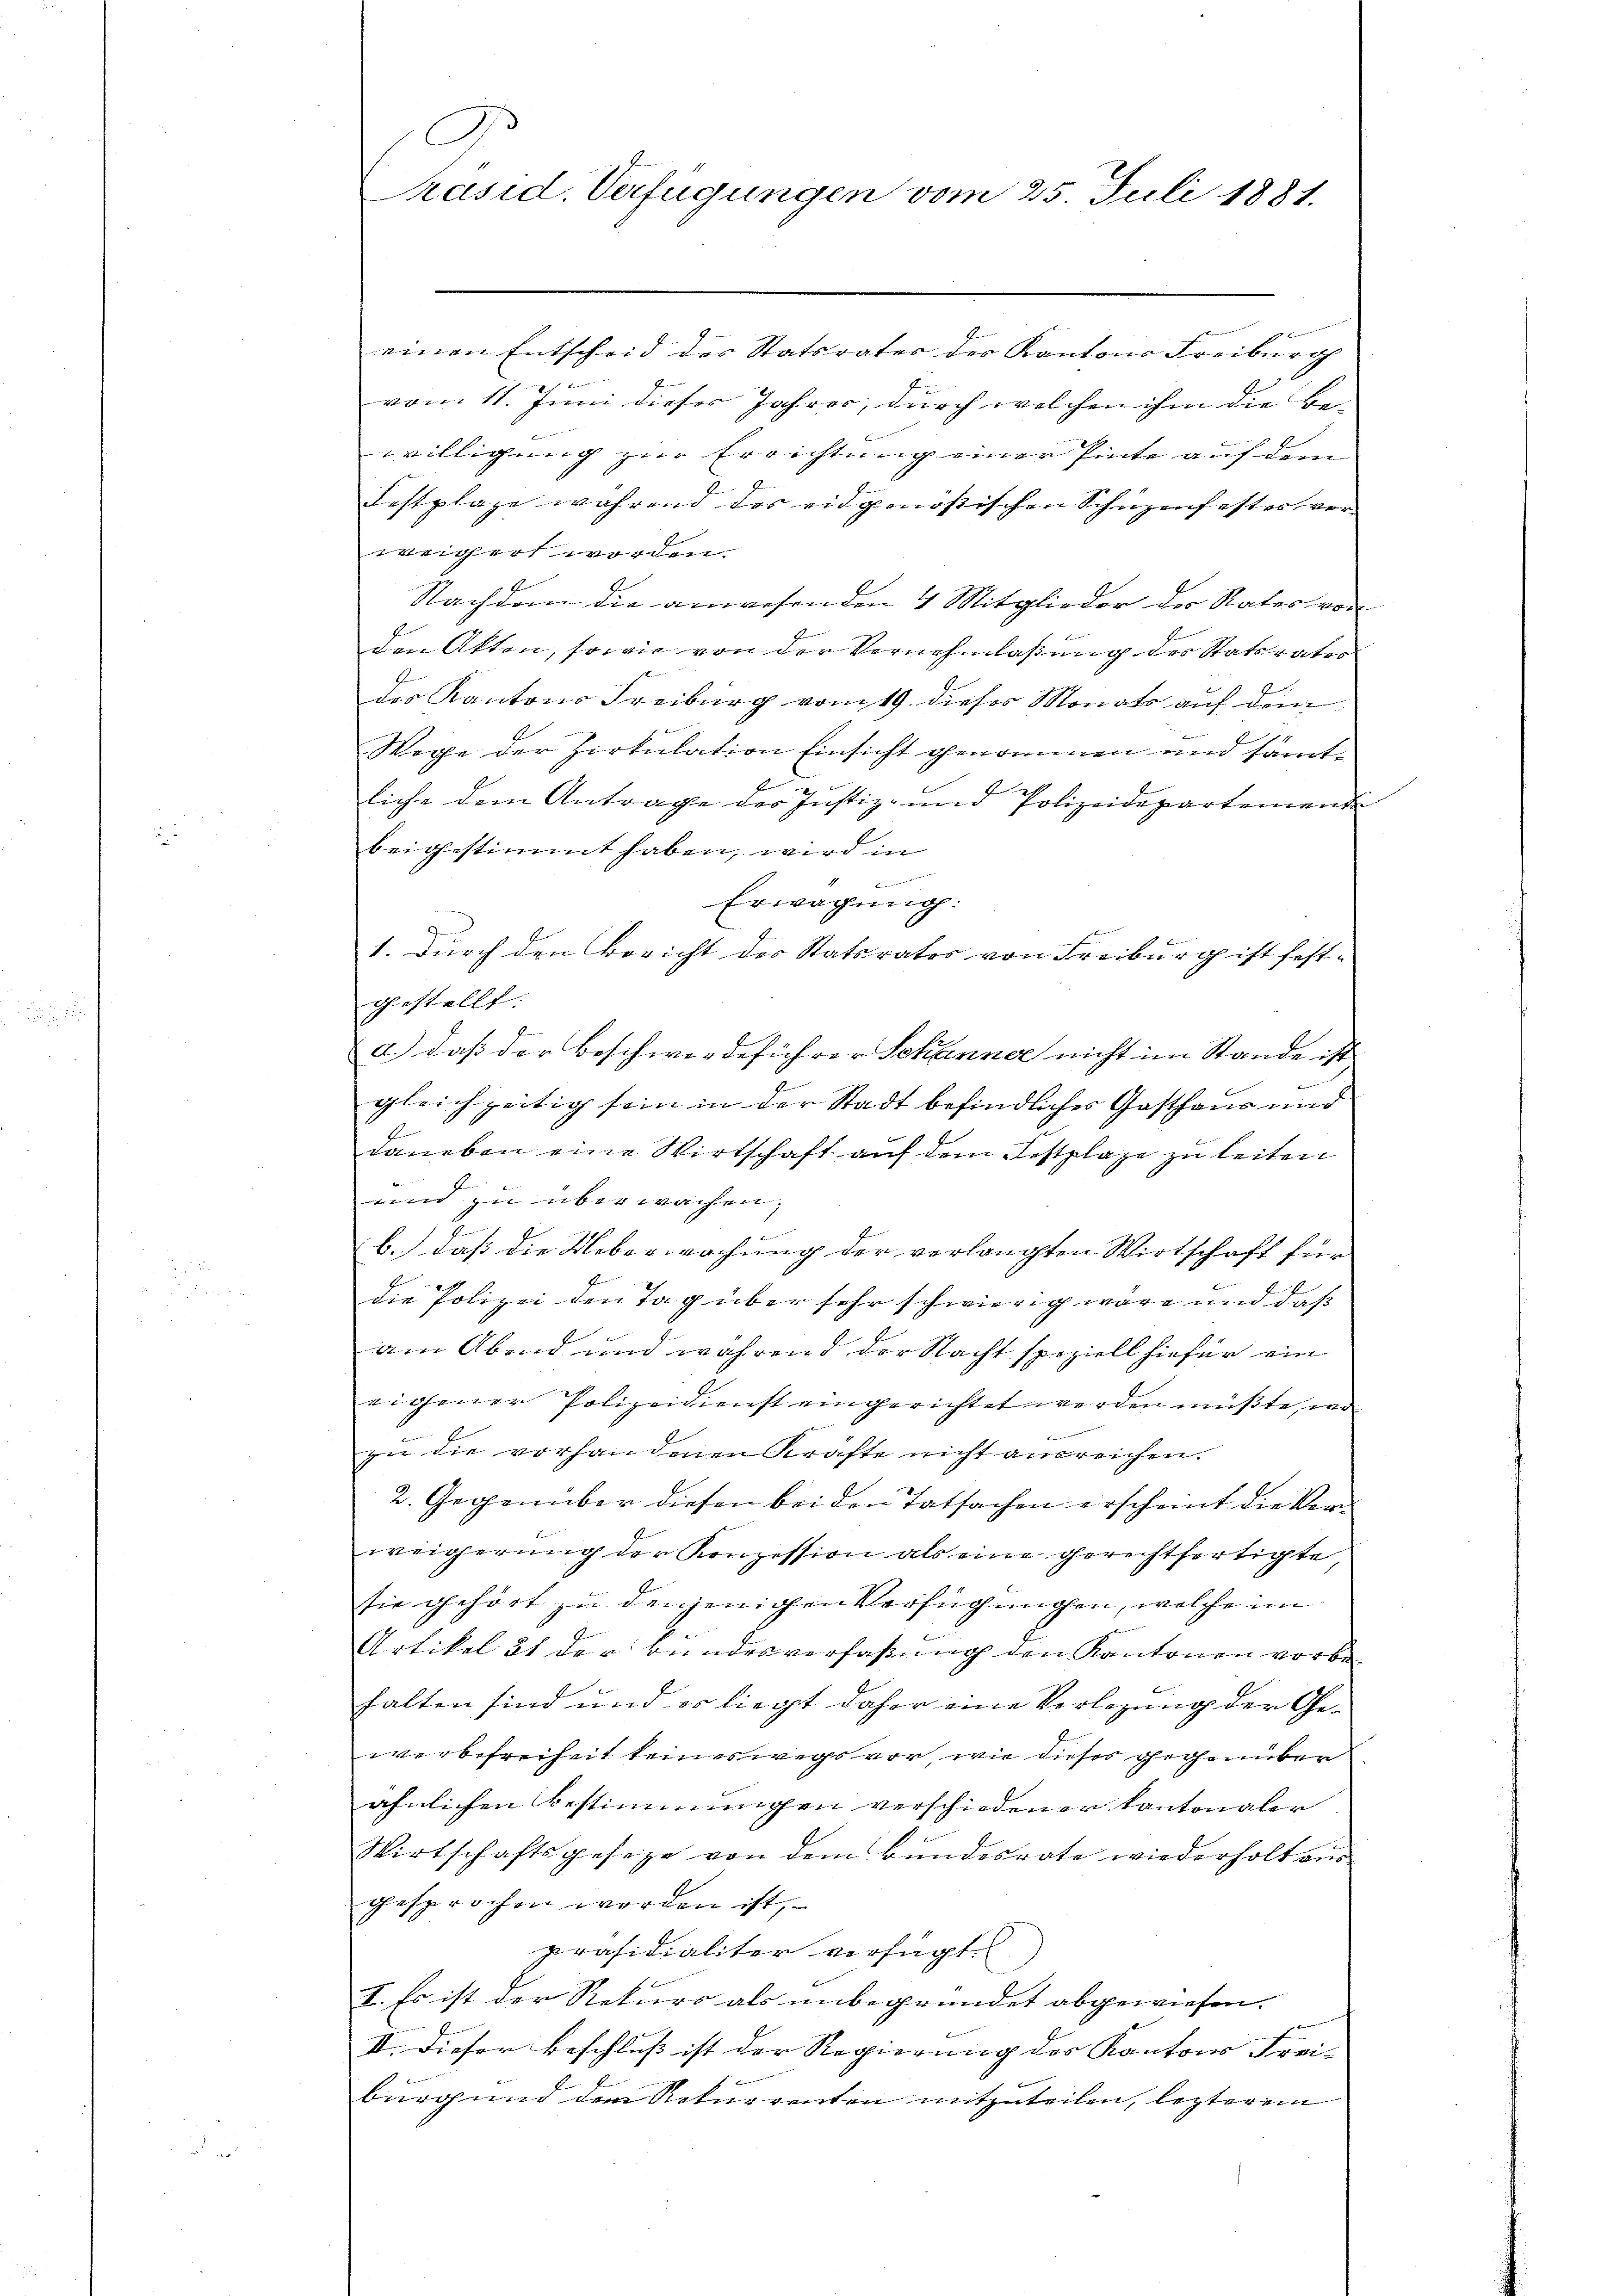
B
Präsid. Verfügungen vom 25. Juli 1881.

einen Entscheid der Statsvater der Kantons Freiburg
vom 11. Juni dieser Jahres, durch welchen ihm die Be-
willigung zur Errichtung einer Pinte auf dem
Festplaze während des eidgenößischen Schüzenfestes verweigert worden.
Nachdem die anwesenden 4 Mitglieder des Vater von
den Akten, sowie von der Vernehmlassung des Statsrater
des Kantons Freiburg vom 19. dieses Monats auf dem
.
1
Wege der Zirkulation Einsicht genommen und samtliche dem Antrage der Justiz- und Polizeidepartemente
beigestimmt haben, wird in
Cammenen
Erwägung:
1. Durch den Bericht des Statsrates von Freiburg ist fest-
Thestellt.
d.) daß der Beschwerdeführer Schanner nicht im Stande ist
gleichzeitig sein in der Stadt befindliches Gasthaus und
daneben eine Wirtschaft auf dem Festplaze zu leiten
und zu überwachen,
1
b.) daß die Ueberwachung der verlangten Wirtschaft für
die Polizei den Tag über sehr schwierig wäre und daß
am Abend und während der Nacht speziell hiefür ein
vi gener Polizeidienst eingerichtet werden müßte, wo
zu die vorhandenen Kräfte nicht ausreichen.
2. Gegenüber diesen bei den Tatsachen erscheint die Verweigerung der Konzession als eine gerechtfertigte
sie gehört zu denjenigen Verfügungen, welche im
Artikel et der Bundesverfaßung den Kantonen vorbehalten sind und er liegt daher eine Verlegung der Geverbefreiheit keineswegs vor, wie dieses gegenüber
ähnlichen Bestimmungen verschiedener Kantonaler
Wirtschaftsgeseze von dem Bundesrate wiederholt aus
gesprochen worden ist,
präsidialiter verfügt.
I. Es ist der Rekurs als unbegründet abgewiesen.
II. Dieser Beschluß ist der Regierung des Kantons Frei-
burg und den Rekurrenten mitzuteilen, lezterem